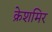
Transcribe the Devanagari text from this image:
क्रेशमिर